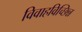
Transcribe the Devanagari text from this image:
विवाहविच्छिन्न